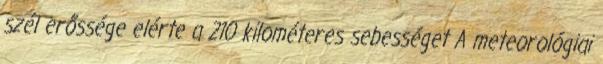
szél erőssége elérte a 210 kilométeres sebességet A meteorológiai